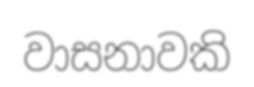
වාසනාවකි